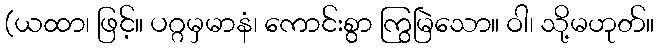
(ယထာ၊ ဖြင့်။ ပဂ္ဂမှမာနံ၊ ကောင်းစွာ ကြွမြဲသော။ ဝါ၊ သို့မဟုတ်။